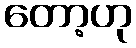
တော့ဟု